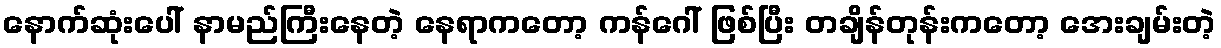
နောက်ဆုံးပေါ် နာမည်ကြီးနေတဲ့ နေရာကတော့ ကန်ဂေါ် ဖြစ်ပြီး တချိန်တုန်းကတော့ အေးချမ်းတဲ့